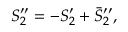
S _ { 2 } ^ { \prime \prime } = - S _ { 2 } ^ { \prime } + \bar { S } _ { 2 } ^ { \prime \prime } ,